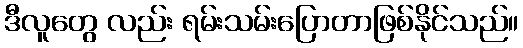
ဒီလူတွေ လည်း ရမ်းသမ်းပြောတာဖြစ်နိုင်သည်။